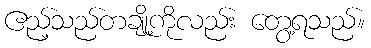
ဧည့်သည်တချို့ကိုလည်း တွေ့ရသည်။